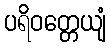
ပရိဝတ္တေယျံ